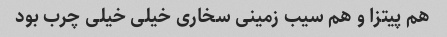
هم پیتزا و هم سیب زمینی سخاری خیلی خیلی چرب بود